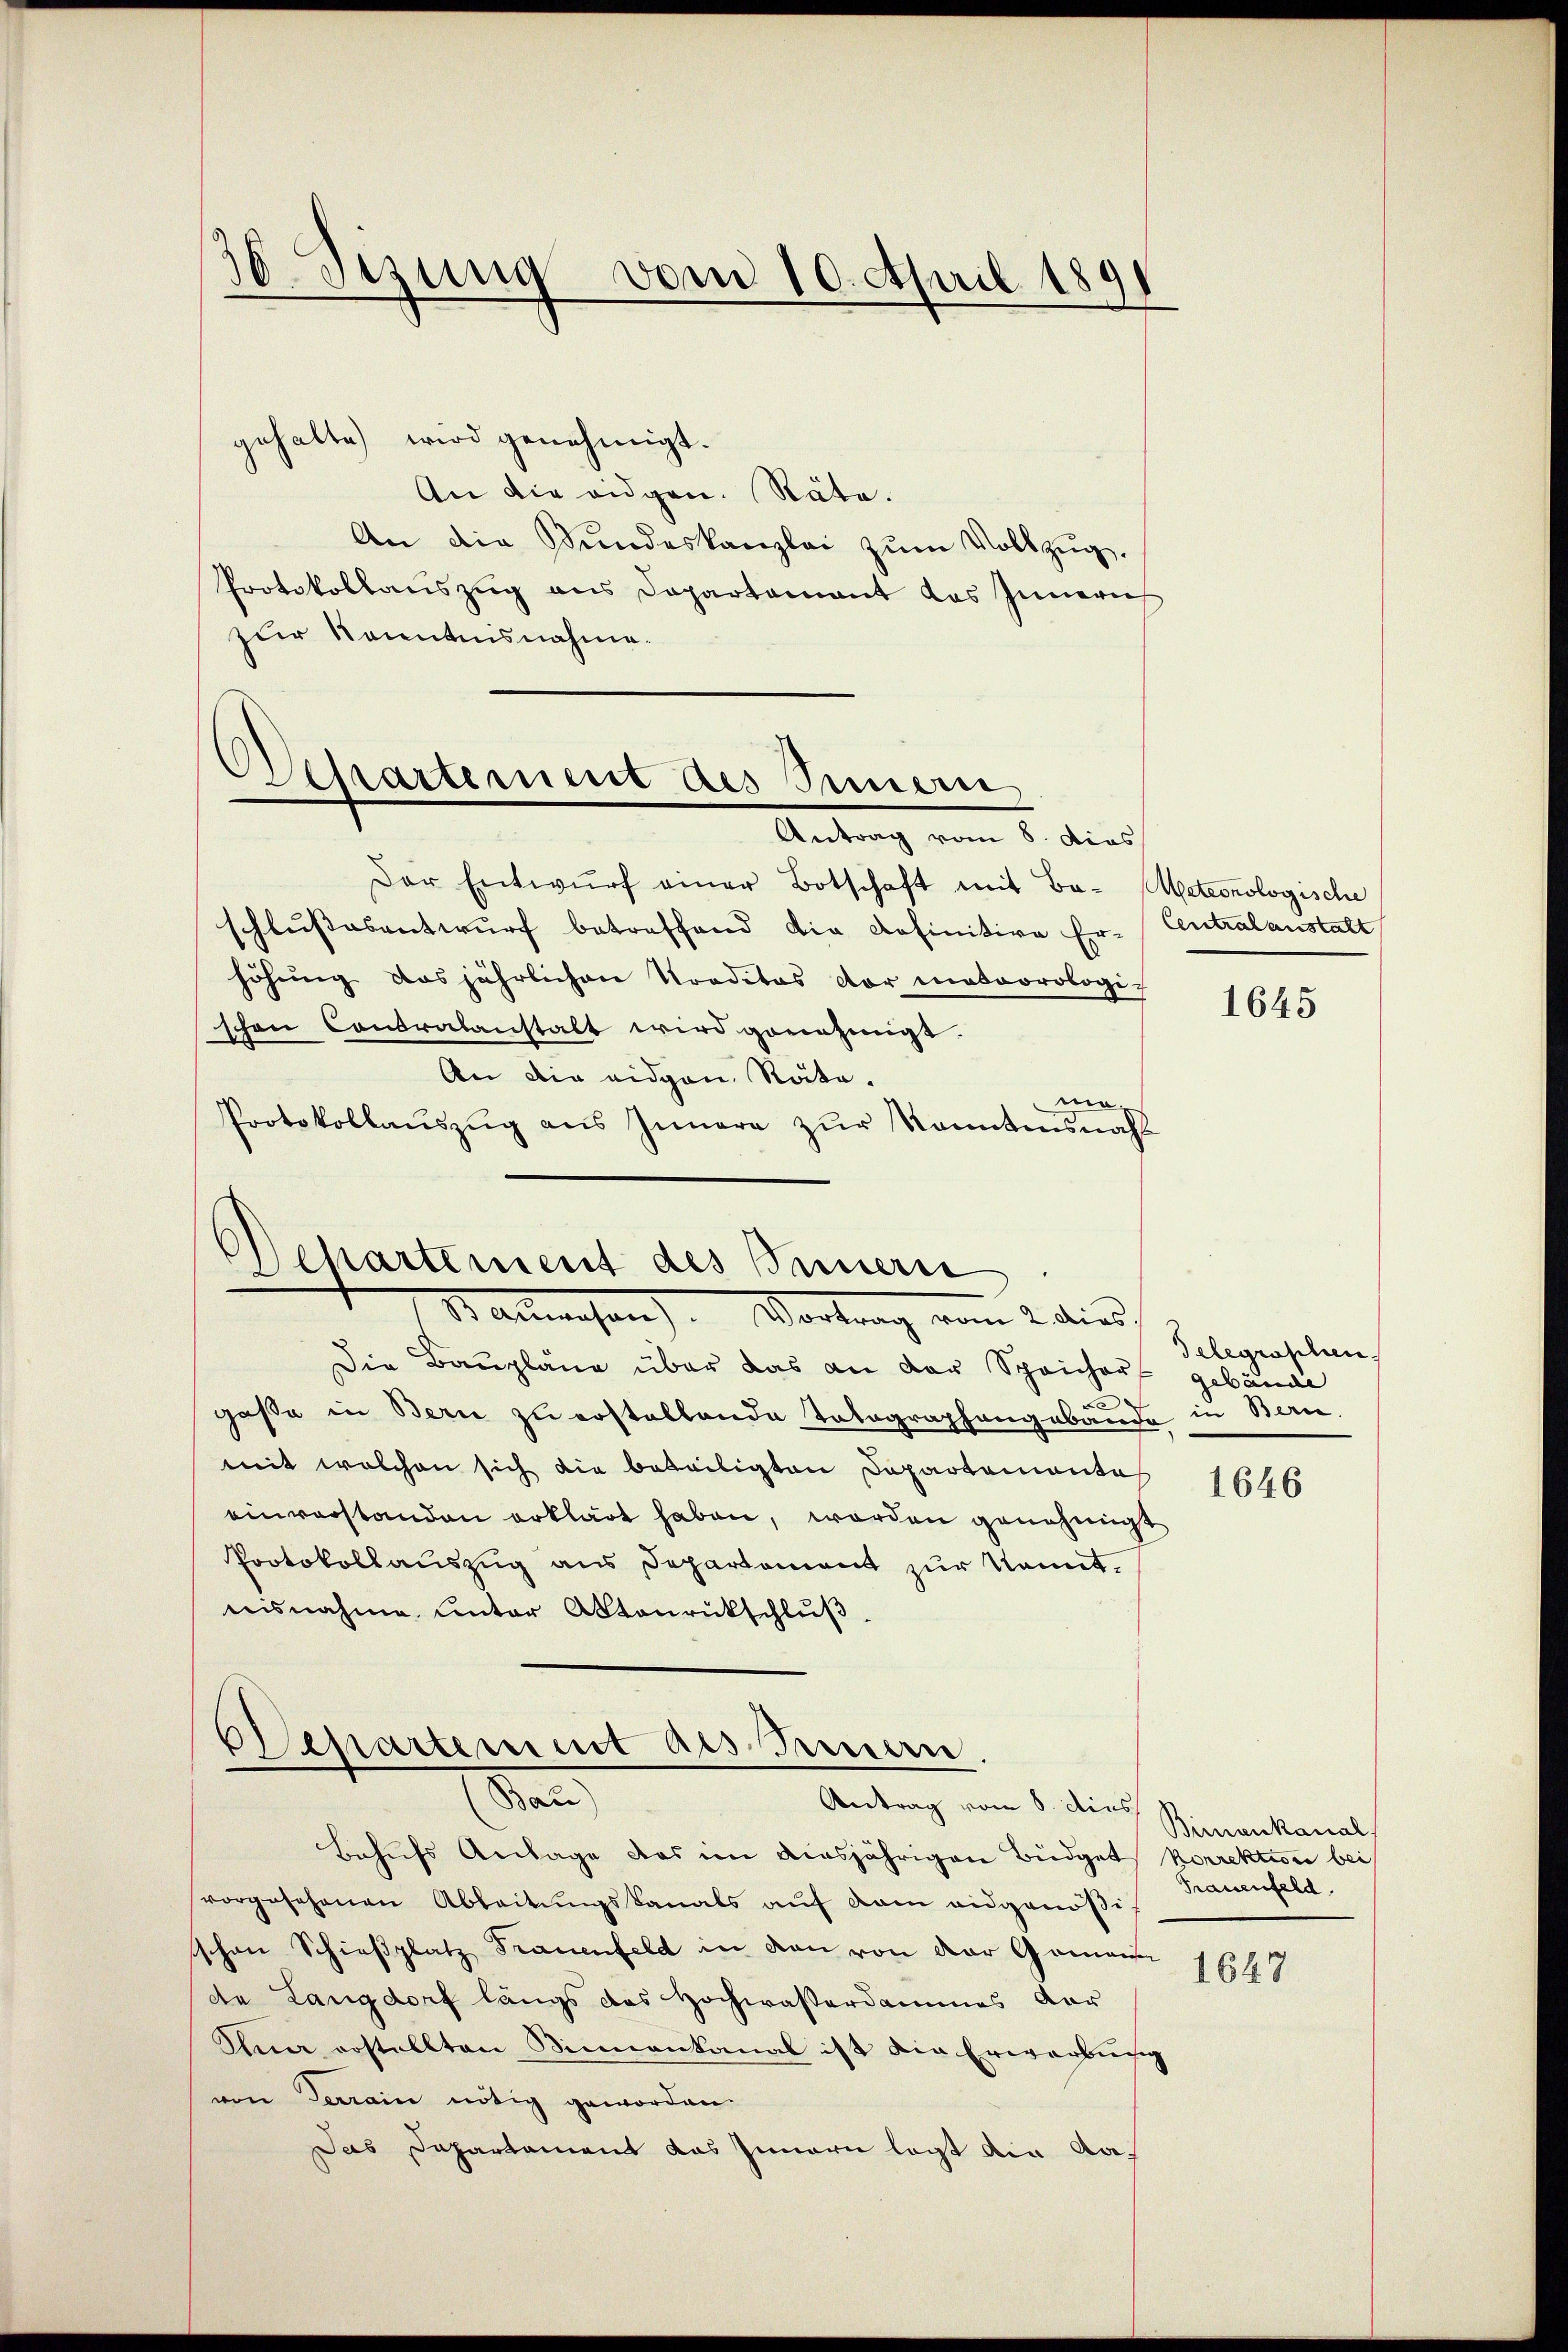
30Stzung vom 10. April 1891

gehalte wird genehmigt.
An die eidgen. Räte.
An die Stundeskanzlei zum Vollzug.
Protokollaŭszŭg ans Departamant das Innern
zur Kenntnisnahme.
Antrag vom 8. dies
Der Entwŭrf einer Botschaft mit Ba-Meteorologische
schlussesentwurf betreffend die Definitive Er-Centralanstalt
höhung das jährlichen Traditas der meteorologi-
schen Contralanstalt wird genehmigt.
An die eidgen. Räte.
mo
Protokollaŭszŭg aŭs Innere zŭr Kanntensnahl

Departement des Simmern

Departement des Innerse
Balmwesen. Vortrag vom 2. dies

Die Baupläne über das an der Spricharf gebäude
e
gaße in Bern zu erstellende Totographengebäude in Bern,
mit welchen sich die beweiligten Departemente
einverstanden erklärt haben, worden genehmigt
Protokollauszug aus Departement zur kannt.
nisnahme unter Aktenrückschlŭβ

Departement als Fennen.
dien
Antrag vom 8. dies

Behufs Anlage das im diesjährigen Büdgets korrektion bei
vorgesehenen Ableitŭngskanals aŭf dem eidgenößischon Schießplatz Frauenfeld in den von der Gemann
de Langdorf längs das Hochwasserdammes Aar
Ana erstellten Sinnenkanal ist die Erwerbung
von Terrain nötig geworden.
Das Dapartament das Innern legt ain da¬

1645

Telegraschen.

1646

Binnenkanal
Frauenfeld.

1647